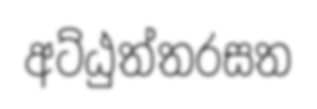
අට්ඨුත්තරසත